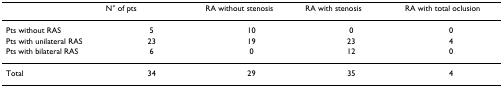
<table><thead><tr><td></td><td><b>N° of pts</b></td><td><b>RA without stenosis</b></td><td><b>RA with stenosis</b></td><td><b>RA with total oclusion</b></td></tr></thead><tbody><tr><td>Pts without RAS</td><td>5</td><td>10</td><td>0</td><td>0</td></tr><tr><td>Pts with unilateral RAS</td><td>23</td><td>19</td><td>23</td><td>4</td></tr><tr><td>Pts with bilateral RAS</td><td>6</td><td>0</td><td>12</td><td>0</td></tr><tr><td>Total</td><td>34</td><td>29</td><td>35</td><td>4</td></tr></tbody></table>